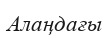
Алаңдағы